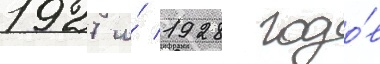
1927 и́ 1928 годо́в